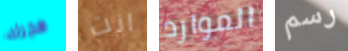
هجرك انت الموارد رسم